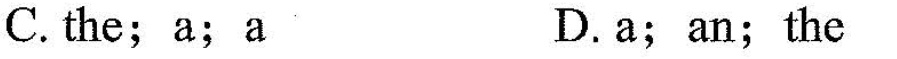
C. the;a;a D.a;an;the